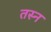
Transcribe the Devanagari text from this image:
तस्न